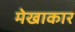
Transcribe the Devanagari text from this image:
मेखाकार